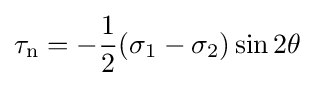
\tau _{\mathrm {n} }=-{\frac {1}{2}}(\sigma _{1}-\sigma _{2})\sin 2\theta \,\!